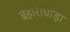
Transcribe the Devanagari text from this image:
बहाराघोड़ा